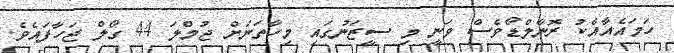
ހަމައެއާއެކު ރޮނާލްޑޯވެސް ވަނީ މި ސީޒަނުގައި މިހާތަނަށް ޖުމްލަ 44 ގޯލް ޖަހާފައެވެ.